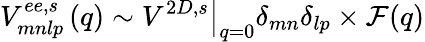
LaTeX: V_{mnlp}^{ee,s}\left(q\right)\sim{\left.V^{2D,s}\right|}_{q=0}{\delta}_{mn}{\delta}_{lp}\times\mathcal{F}(q)